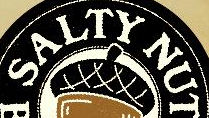
SALTY NUT